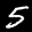
Label: 5